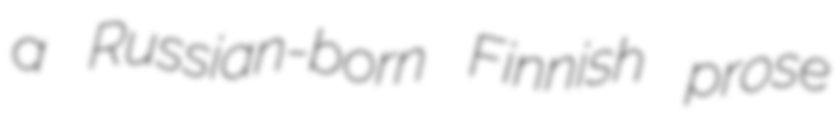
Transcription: a Russian-born Finnish prose